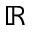
\mathbb { R }